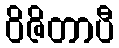
ဝိဇိတာပီ